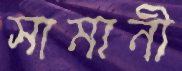
সামানী